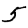
Digit: 5